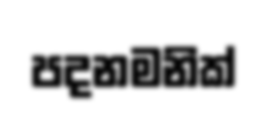
පදනමනික්